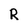
Character: R